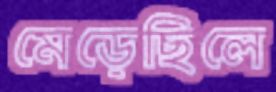
মেড়েছিলে